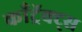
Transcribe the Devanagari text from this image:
काँट्रॅक्ट्स